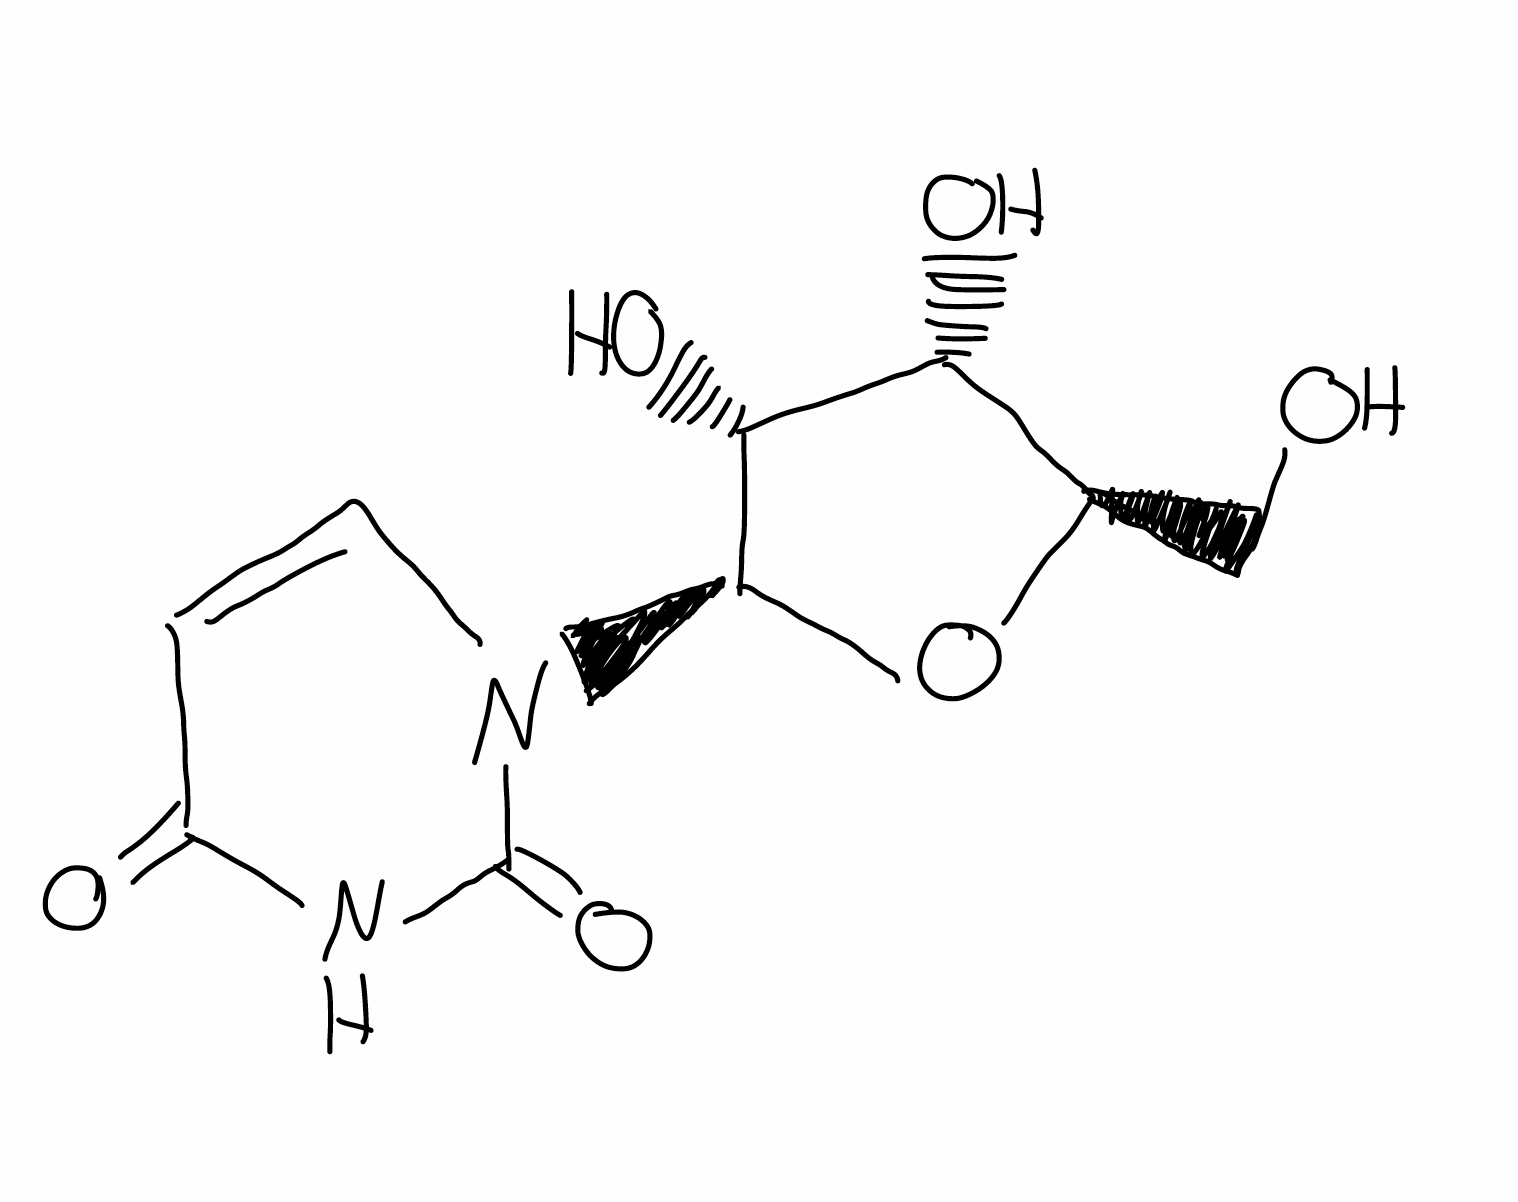
Simplified molecular-input line-entry system (SMILES) notation of the given molecule:
C1=CN(C(=O)NC1=O)[C@H]2[C@@H]([C@@H]([C@H](O2)CO)O)O